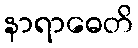
နာရာဓေတိ